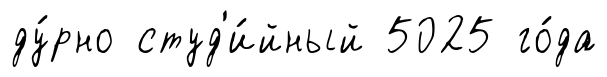
ду́рно студ'и́йный 5025 го́да